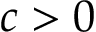
c > 0